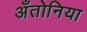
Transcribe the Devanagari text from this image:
अँतोनिया